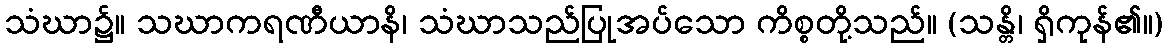
သံဃာ၌။ သဃာကရဏီယာနိ၊ သံဃာသည်ပြုအပ်သော ကိစ္စတို့သည်။ (သန္တိ၊ ရှိကုန်၏။)